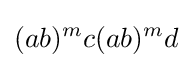
(ab)^{m}c(ab)^{m}d